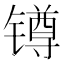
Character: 𨱔